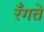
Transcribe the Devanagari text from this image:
रँगते